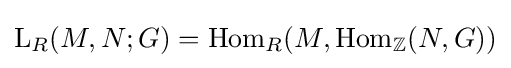
\operatorname {L} _{R}(M,N;G)=\operatorname {Hom} _{R}(M,\operatorname {Hom} _{\mathbb {Z} }(N,G))